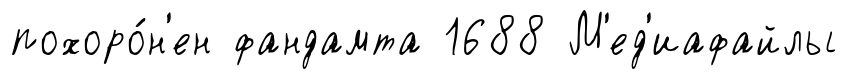
похоро́н'ен фандамта 1688 М'ед'иафайлы